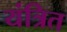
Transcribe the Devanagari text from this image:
यंत्रित